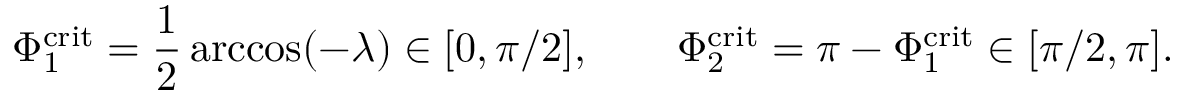
\Phi _ { 1 } ^ { \mathrm { c r i t } } = \frac { 1 } { 2 } \operatorname { a r c c o s } ( - \lambda ) \in [ 0 , \pi / 2 ] , \qquad \Phi _ { 2 } ^ { \mathrm { c r i t } } = \pi - \Phi _ { 1 } ^ { \mathrm { c r i t } } \in [ \pi / 2 , \pi ] .